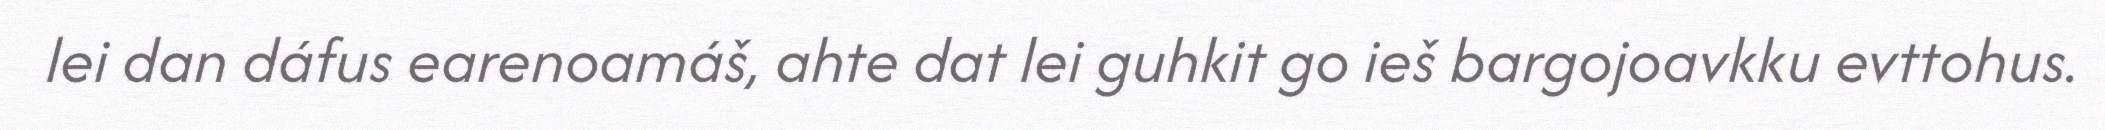
lei dan dáfus earenoamáš, ahte dat lei guhkit go ieš bargojoavkku evttohus.